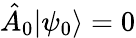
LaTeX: \hat{A}_{0}|\psi_{0}\rangle=0